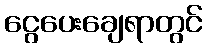
ငွေပေးချေရာတွင်